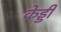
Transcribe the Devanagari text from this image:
केड्डी